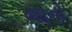
જાતો